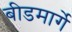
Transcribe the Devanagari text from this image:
बीडमार्गे